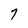
Character: 7